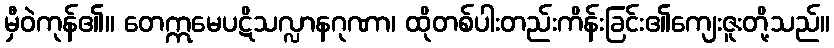
မှီဝဲကုန်၏။ တေဣမေပဋိသလ္လာနဂုဏာ၊ ထိုတစ်ပါးတည်းကိန်းခြင်း၏ကျေးဇူးတို့သည်။